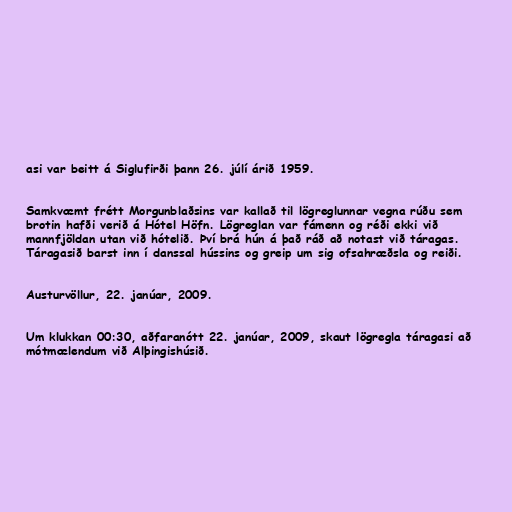
asi var beitt á Siglufirði þann 26. júlí árið 1959.

Samkvæmt frétt Morgunblaðsins var kallað til lögreglunnar vegna rúðu sem
brotin hafði verið á Hótel Höfn. Lögreglan var fámenn og réði ekki við
mannfjöldan utan við hótelið. Því brá hún á það ráð að notast við táragas.
Táragasið barst inn í danssal hússins og greip um sig ofsahræðsla og reiði.

Austurvöllur, 22. janúar, 2009.

Um klukkan 00:30, aðfaranótt 22. janúar, 2009, skaut lögregla táragasi að
mótmælendum við Alþingishúsið.